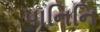
પાનિનિ